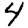
Digit: 4